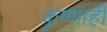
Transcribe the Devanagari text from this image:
कृष्णाही